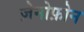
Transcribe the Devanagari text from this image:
ज़ेनोफ़ोन